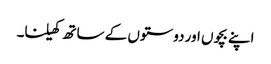
اپنے بچوں اور دوستوں کے ساتھ کھیلنا۔